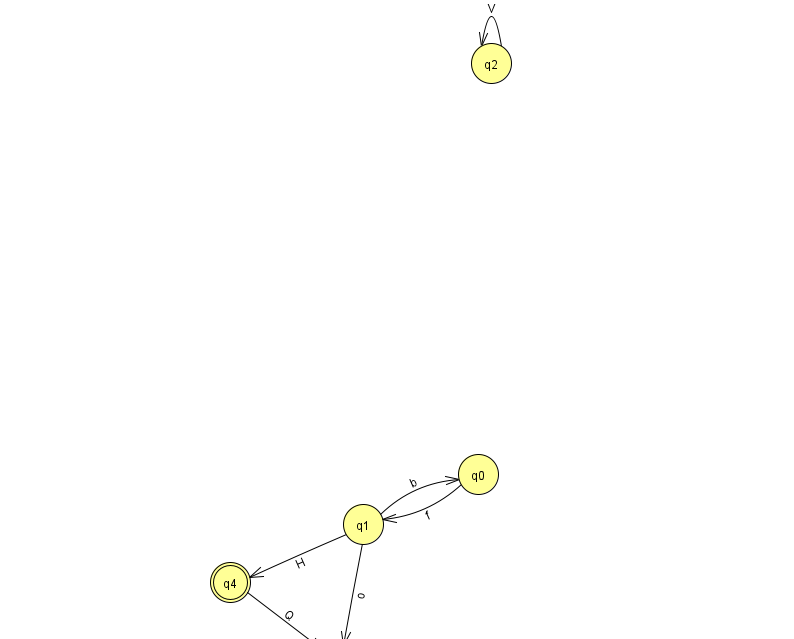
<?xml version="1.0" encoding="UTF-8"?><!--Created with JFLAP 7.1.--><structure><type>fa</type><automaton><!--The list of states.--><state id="0" name="q0"><x>478.0</x><y>461.0</y></state><state id="1" name="q1"><x>363.0</x><y>511.0</y></state><state id="2" name="q2"><x>491.0</x><y>50.0</y></state><state id="3" name="q3"><x>337.0</x><y>651.0</y><initial/></state><state id="4" name="q4"><x>230.0</x><y>569.0</y><final/></state><!--The list of transitions.--><transition><from>1</from><to>3</to><read>o</read></transition><transition><from>2</from><to>2</to><read>V</read></transition><transition><from>1</from><to>0</to><read>b</read></transition><transition><from>1</from><to>4</to><read>H</read></transition><transition><from>4</from><to>3</to><read>Q</read></transition><transition><from>0</from><to>1</to><read>f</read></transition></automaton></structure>